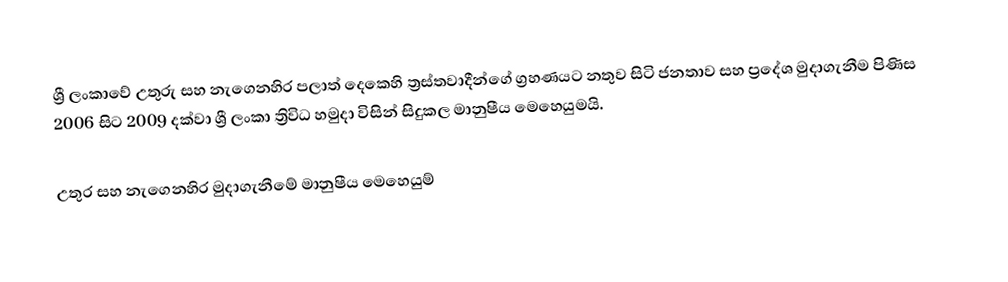
ශ්‍රී ලංකාවේ උතුරු සහ නැගෙනහිර පලාත් දෙකෙහි ත්‍රස්තවාදීන්ගේ ග්‍රහණයට නතුව සිටි ජනතාව සහ ප්‍රදේශ මුදාගැනීම පිණිස 2006 සිට 2009 දක්වා  ශ්‍රී ලංකා ත්‍රිවිධ හමුදා විසින් සිදුකල මානුෂීය මෙහෙයුමයි.

උතුර සහ නැගෙනහිර මුදාගැනීමේ මානුෂීය මෙහෙයුම්